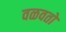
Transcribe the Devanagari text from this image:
वळवतो